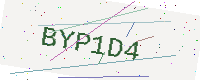
Text: BYP1D4